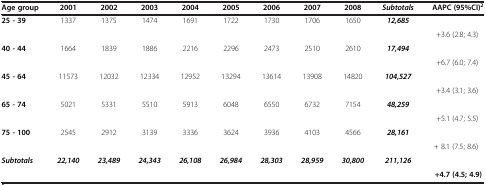
<table><thead><tr><td><b>Age group</b></td><td><b>2001</b></td><td><b>2002</b></td><td><b>2003</b></td><td><b>2004</b></td><td><b>2005</b></td><td><b>2006</b></td><td><b>2007</b></td><td><b>2008</b></td><td><b><i>Subtotals</i></b></td><td><b>AAPC (95%CI)<sup>2</sup></b></td></tr></thead><tbody><tr><td><b>25 - 39</b></td><td>1337</td><td>1375</td><td>1474</td><td>1691</td><td>1722</td><td>1730</td><td>1706</td><td>1650</td><td><b><i>12,685</i></b></td><td> </td></tr><tr><td> </td><td> </td><td> </td><td> </td><td> </td><td> </td><td> </td><td> </td><td> </td><td> </td><td>+3.6 (2.8; 4.3)</td></tr><tr><td><b>40 - 44</b></td><td>1664</td><td>1839</td><td>1886</td><td>2216</td><td>2296</td><td>2473</td><td>2510</td><td>2610</td><td><b><i>17,494</i></b></td><td> </td></tr><tr><td> </td><td> </td><td> </td><td> </td><td> </td><td> </td><td> </td><td> </td><td> </td><td> </td><td>+6.7 (6.0; 7.4)</td></tr><tr><td><b>45 - 64</b></td><td>11573</td><td>12032</td><td>12334</td><td>12952</td><td>13294</td><td>13614</td><td>13908</td><td>14820</td><td><b><i>104,527</i></b></td><td> </td></tr><tr><td> </td><td> </td><td> </td><td> </td><td> </td><td> </td><td> </td><td> </td><td> </td><td> </td><td>+3.4 (3.1; 3.6)</td></tr><tr><td><b>65 - 74</b></td><td>5021</td><td>5331</td><td>5510</td><td>5913</td><td>6048</td><td>6550</td><td>6732</td><td>7154</td><td><b><i>48,259</i></b></td><td> </td></tr><tr><td> </td><td> </td><td> </td><td> </td><td> </td><td> </td><td> </td><td> </td><td> </td><td> </td><td>+5.1 (4.7; 5.5)</td></tr><tr><td><b>75 - 100</b></td><td>2545</td><td>2912</td><td>3139</td><td>3336</td><td>3624</td><td>3936</td><td>4103</td><td>4566</td><td><b><i>28,161</i></b></td><td> </td></tr><tr><td> </td><td> </td><td> </td><td> </td><td> </td><td> </td><td> </td><td> </td><td> </td><td> </td><td>+ 8.1 (7.5; 8.6)</td></tr><tr><td><b><i>Subtotals</i></b></td><td><b><i>22,140</i></b></td><td><b><i>23,489</i></b></td><td><b><i>24,343</i></b></td><td><b><i>26,108</i></b></td><td><b><i>26,984</i></b></td><td><b><i>28,303</i></b></td><td><b><i>28,959</i></b></td><td><b><i>30,800</i></b></td><td><b><i>211,126</i></b></td><td> </td></tr><tr><td> </td><td> </td><td> </td><td> </td><td> </td><td> </td><td> </td><td> </td><td> </td><td> </td><td><b>+4.7 (4.5; 4.9)</b></td></tr></tbody></table>